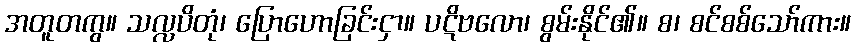
အတူတကွ။ သလ္လပိတုံ၊ ပြောဟောခြင်းငှာ။ ပဋိဗလော၊ စွမ်းနိုင်၏။ စ၊ စင်စစ်သော်ကား။